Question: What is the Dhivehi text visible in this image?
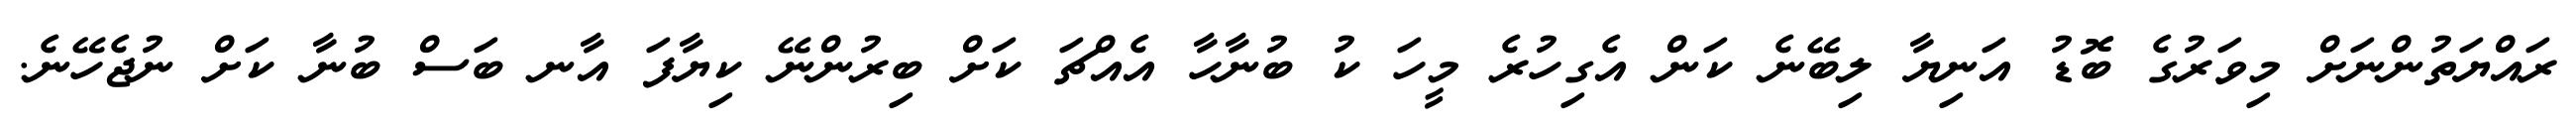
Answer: ރައްޔަތުންނަށް މިވަރުގެ ބޮޑު އަނިޔާ ލިބޭނެ ކަން އެގިހުރެ މީހަ ކު ބުނާހާ އެއްޗަ ކަށް ބިރުންނޭ ކިޔާފަ އާނ ބަސް ބުނާ ކަށް ނުޖެހޭނެ.